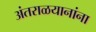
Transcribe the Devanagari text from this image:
अंतराळयानांना